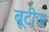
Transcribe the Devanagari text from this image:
बूटीज